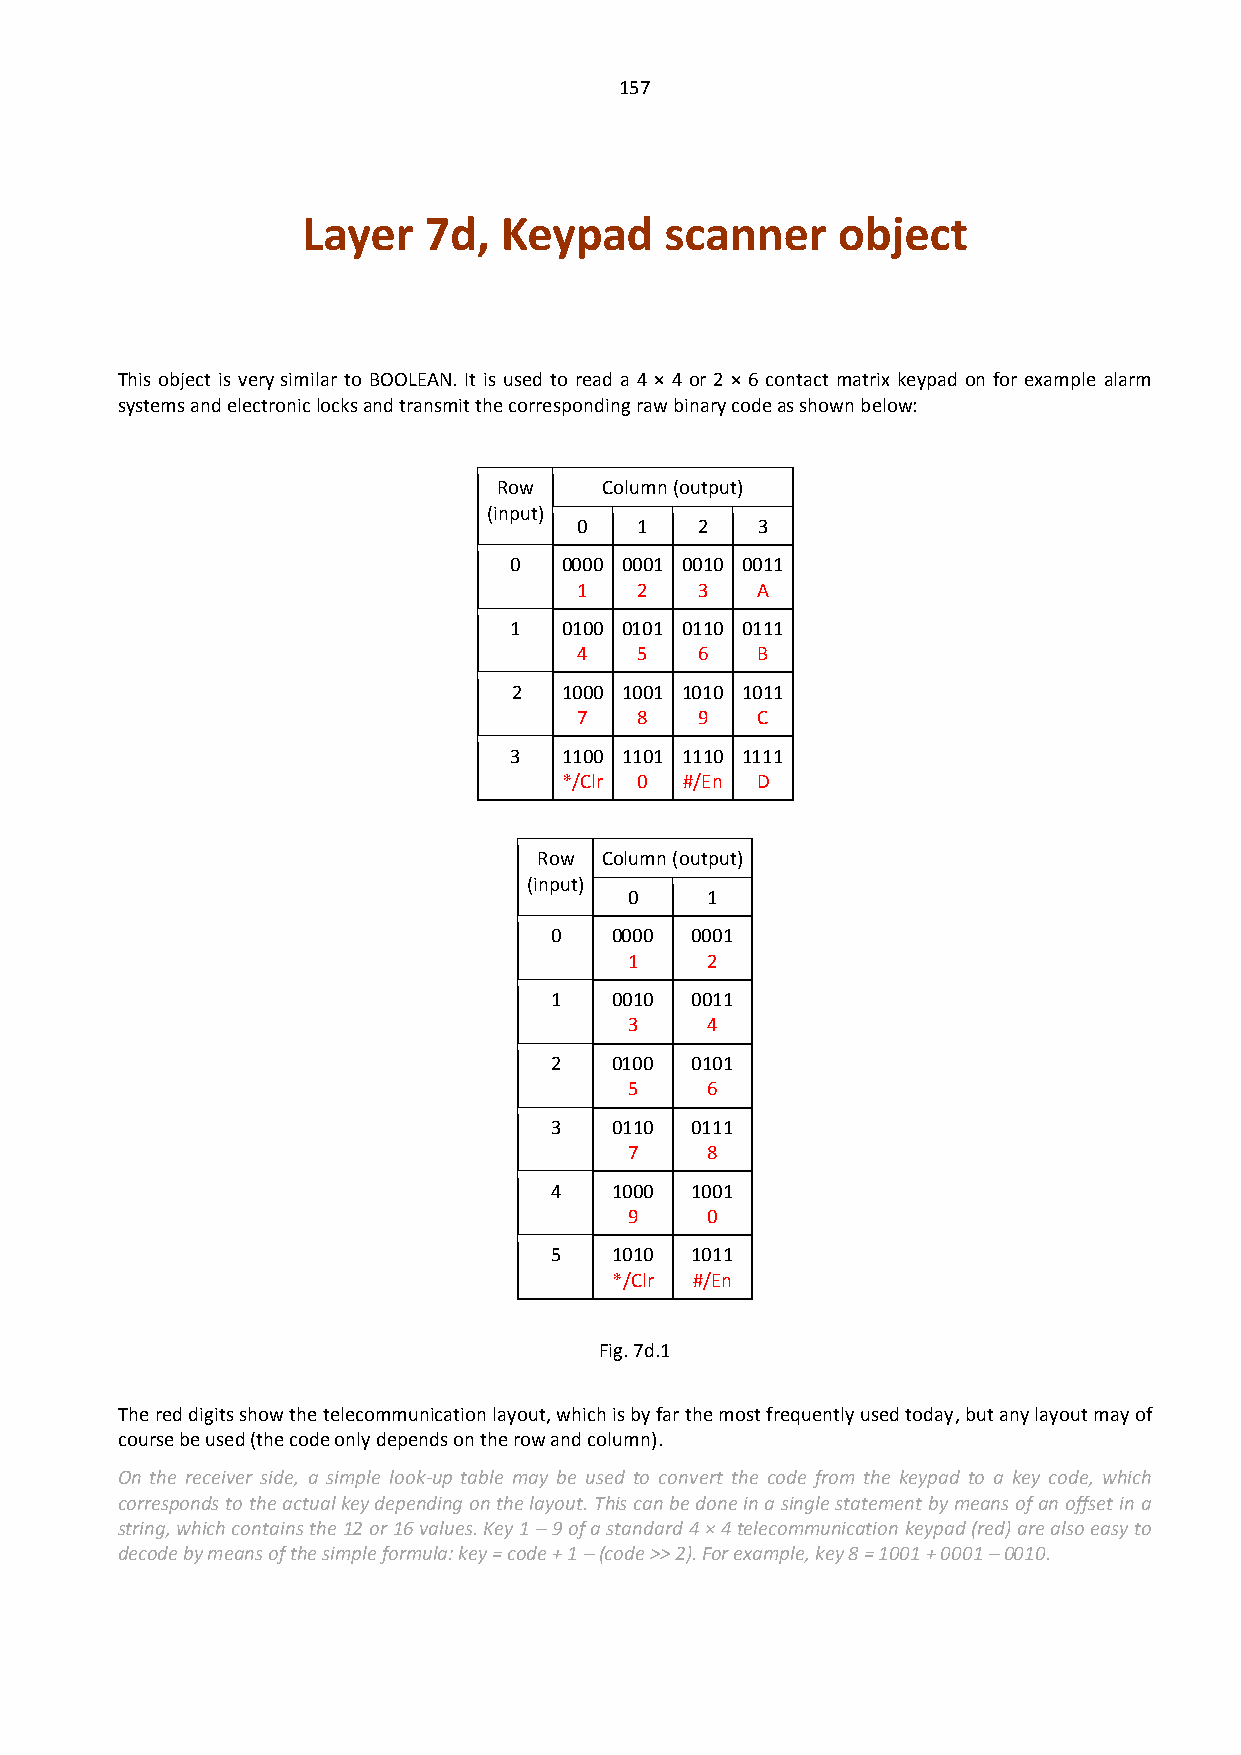
157
 Layer   7d,  Keypad     scanner    object
 This object is very similar to BOOLEAN. It is used to read a 4 × 4 or 2 × 6 contact matrix keypad on for example alarm
 systems and electronic locks and transmit the corresponding raw binary code as shown below:
 Row    Column (output)
 (input)
 0   1   2   3
 0  0000 0001 0010 0011
 1   2   3   A
 1  0100 0101 0110 0111
 4   5   6   B
 2  1000 1001 1010 1011
 7   8   9   C
 3  1100 1101 1110 1111
 */Clr 0 #/En D
 Row Column (output)
 (input)
 0    1
 0   0000  0001
 1    2
 1   0010  0011
 3    4
 2   0100  0101
 5    6
 3   0110  0111
 7    8
 4   1000  1001
 9    0
 5   1010  1011
 */Clr #/En
 Fig. 7d.1
 The red digits show the telecommunication layout, which is by far the most frequently used today, but any layout may of
 course be used (the code only depends on the row and column).
 On the receiver side, a simple look-up table may be used to convert the code from the keypad to a key code, which
 corresponds to the actual key depending on the layout. This can be done in a single statement by means of an offset in a
 string, which contains the 12 or 16 values. Key 1 – 9 of a standard 4 × 4 telecommunication keypad (red) are also easy to
 decode by means of the simple formula: key = code + 1 – (code >> 2). For example, key 8 = 1001 + 0001 – 0010.